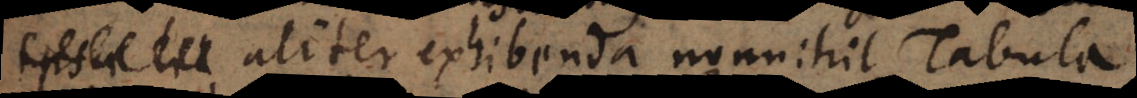
aliter exhibenda nonnihil Tabula